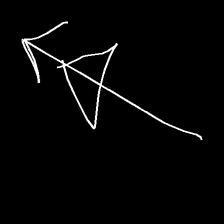
Glyph: pull